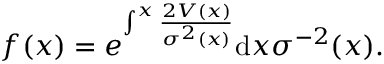
f ( x ) = e ^ { \int ^ { x } \frac { 2 V ( x ) } { \sigma ^ { 2 } ( x ) } } \mathrm { d } x \sigma ^ { - 2 } ( x ) .